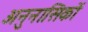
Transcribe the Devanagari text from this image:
अनुनासिकों